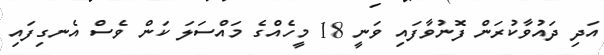
އަދި ދައުވާކުރަން ފޮނުވާފައި ވަނީ 18 މީހެއްގެ މައްސަލަ ކަން ވެސް އެނގިފައި